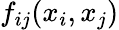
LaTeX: f_{ij}(x_{i},x_{j})